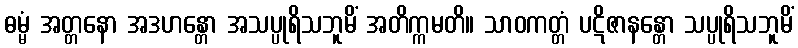
ဓမ္မံ အတ္တနော အဒဟန္တော အသပ္ပုရိသဘူမိံ အတိက္ကမတိ။ သာဝကတ္တံ ပဋိဇာနန္တော သပ္ပုရိသဘူမိံ